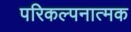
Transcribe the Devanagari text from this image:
परिकल्‍पनात्‍मक